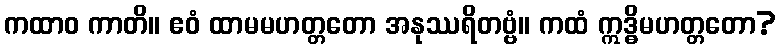
ကထာဝ ကာတိ။ ဧဝံ ထာမမဟတ္တတော အနုဿရိတဗ္ဗံ။ ကထံ ဣဒ္ဓိမဟတ္တတော?